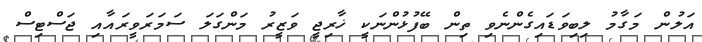
އަލުން މަގާމު ލިބިވަޑައިގެންނެވި ތިން ބޭފުޅުންނަކީ ޚާރިޖީ ވަޒީރު މަންގަލަ ސަމަރަވީރައާއި ޖަސްޓިސް